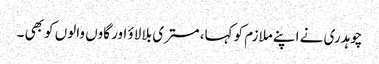
چوہدری نے اپنے ملازم کو کہا، مستری بلا لاؤ اور گاوں والوں کو بھی ۔